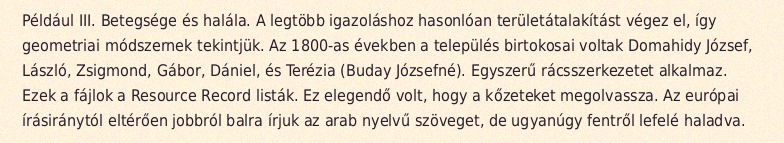
Például III. Betegsége és halála. A legtöbb igazoláshoz hasonlóan területátalakítást végez el, így geometriai módszernek tekintjük. Az 1800-as években a település birtokosai voltak Domahidy József, László, Zsigmond, Gábor, Dániel, és Terézia (Buday Józsefné). Egyszerű rácsszerkezetet alkalmaz. Ezek a fájlok a Resource Record listák. Ez elegendő volt, hogy a kőzeteket megolvassza. Az európai írásiránytól eltérően jobbról balra írjuk az arab nyelvű szöveget, de ugyanúgy fentről lefelé haladva.